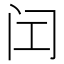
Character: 𬮚